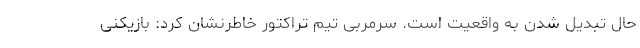
حال تبدیل شدن به واقعیت است. سرمربی تیم تراکتور خاطرنشان کرد: بازیکنی